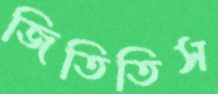
জিতিতিস